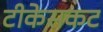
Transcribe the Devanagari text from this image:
टीकेसकट